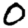
Digit: 0